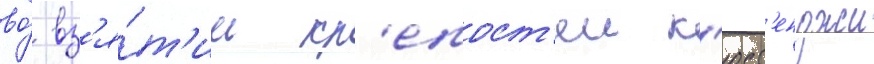
во́ вз'я́т'ии кр'епост'еи к'юст'енджи